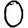
Digit: 0